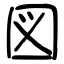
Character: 図